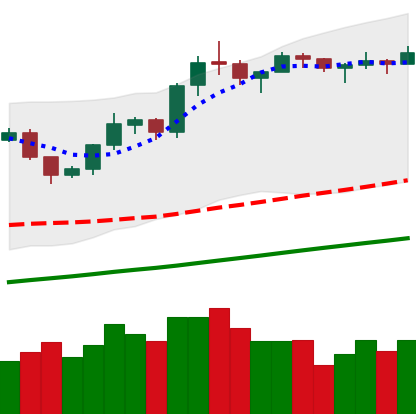
Ticker: LTC-USD
Chart end date: 2019-06-21
Forward return: -5.486%
Label: down_5_7